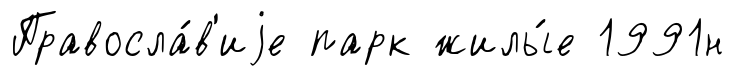
Правосла́в'иjе парк жилы́е 1991н